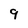
Character: 9